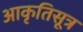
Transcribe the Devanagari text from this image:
आकृतिसूत्र